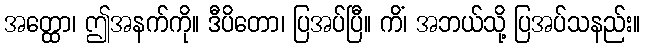
အတ္ထော၊ ဤအနက်ကို။ ဒီပိတော၊ ပြအပ်ပြီ။ ကိံ၊ အဘယ်သို့ ပြအပ်သနည်း။